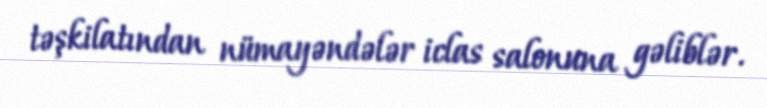
təşkilatından nümayəndələr iclas salonuna gəliblər.